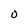
Character: 0